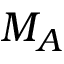
M _ { A }